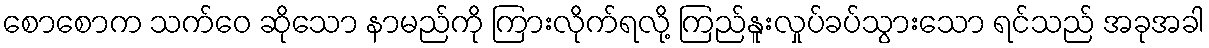
စောစောက သက်ဝေ ဆိုသော နာမည်ကို ကြားလိုက်ရလို့ ကြည်နူးလှုပ်ခပ်သွားသော ရင်သည် အခုအခါ